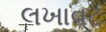
લખાવટ